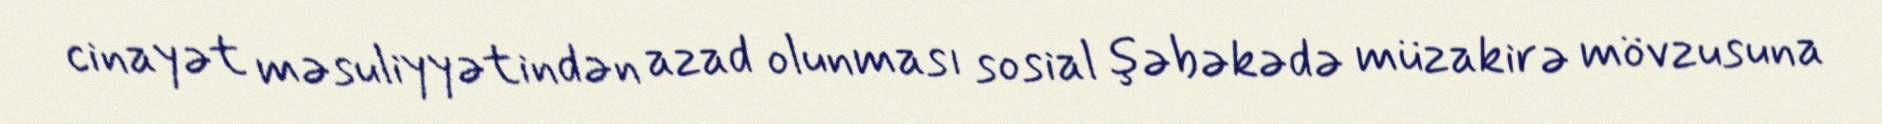
cinayət məsuliyyətindən azad olunması sosial şəbəkədə müzakirə mövzusuna